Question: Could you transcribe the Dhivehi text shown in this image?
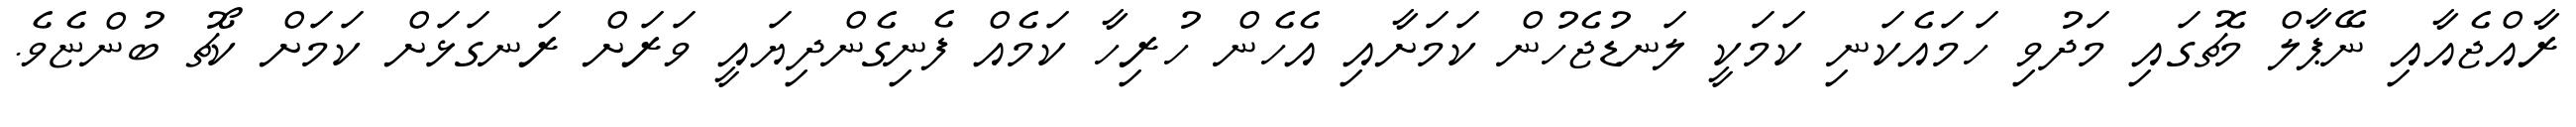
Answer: ރާއްޖެއާއި ނޭޕާލް މެޗުގައި މަދުވި ހަމައެކަނި ކަމަކީ ލަނޑުޖެހުން ކަމަށާއި އެހެން ހުރިހާ ކަމެއް ފެނިގެންދިޔައީ ވަރަށް ރަނގަޅަށް ކަމަށް ކޯޗު ބުންޏެވެ.